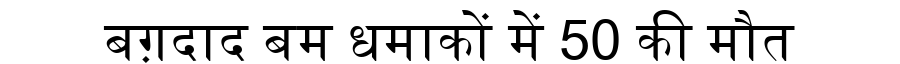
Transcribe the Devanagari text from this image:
बग़दाद बम धमाकों में 50 की मौत